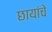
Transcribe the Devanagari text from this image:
छायांचे